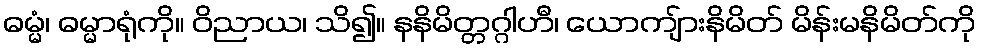
ဓမ္မံ၊ ဓမ္မာရုံကို။ ဝိညာယ၊ သိ၍။ နနိမိတ္တဂ္ဂါဟီ၊ ယောကျ်ားနိမိတ် မိန်းမနိမိတ်ကို